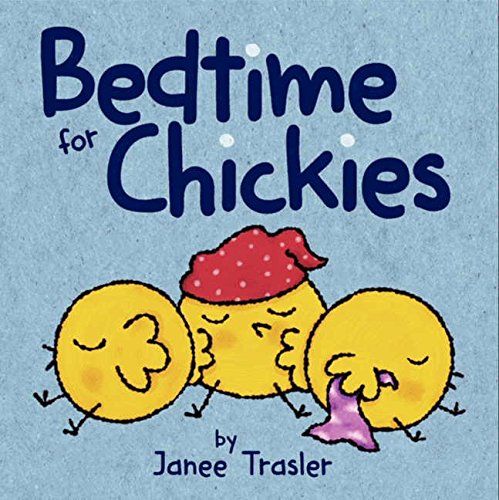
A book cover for Bedtime for Chickies; Janee Trasler; Children's Books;